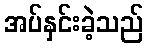
အပ်နှင်းခဲ့သည်